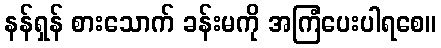
နန်ရှန် စားသောက် ခန်းမကို အကြံပေးပါရစေ။